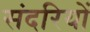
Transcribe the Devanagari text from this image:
संदरियों